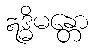
ဣဒ္ဓိမန္တော